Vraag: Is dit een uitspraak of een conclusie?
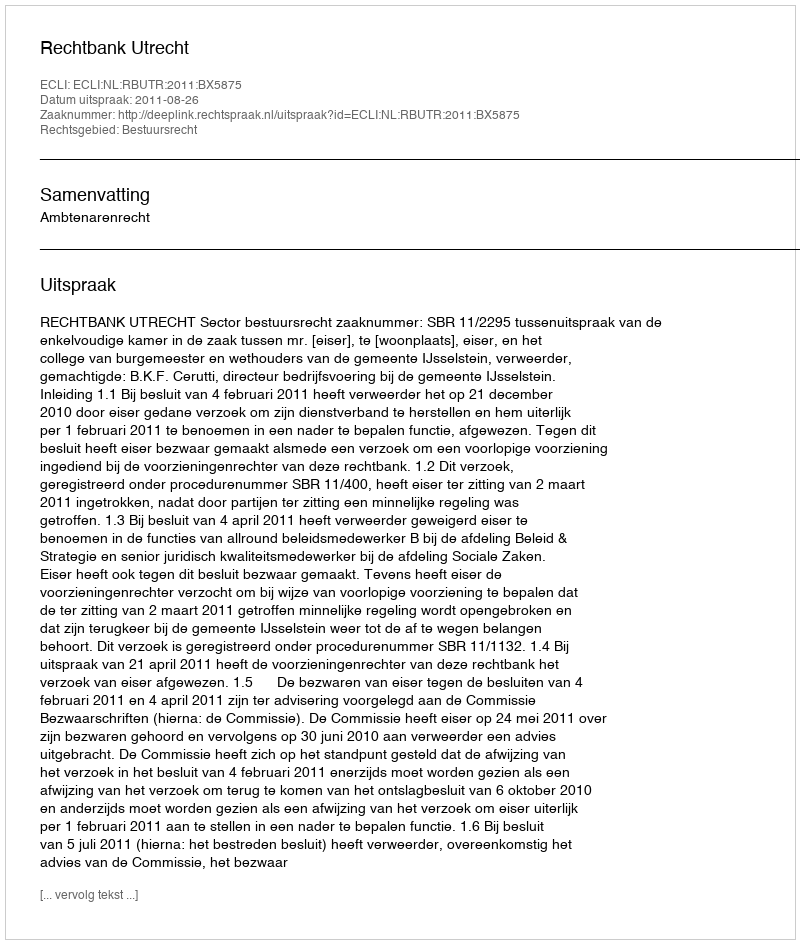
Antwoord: Uitspraak